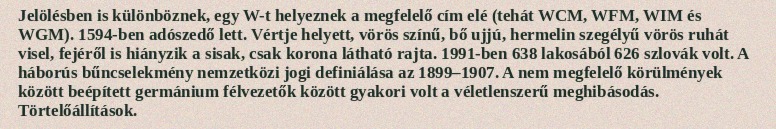
Jelölésben is különböznek, egy W-t helyeznek a megfelelő cím elé (tehát WCM, WFM, WIM és WGM). 1594-ben adószedő lett. Vértje helyett, vörös színű, bő ujjú, hermelin szegélyű vörös ruhát visel, fejéről is hiányzik a sisak, csak korona látható rajta. 1991-ben 638 lakosából 626 szlovák volt. A háborús bűncselekmény nemzetközi jogi definiálása az 1899–1907. A nem megfelelő körülmények között beépített germánium félvezetők között gyakori volt a véletlenszerű meghibásodás. Törtelőállítások.